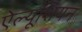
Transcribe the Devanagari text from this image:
ऐल्यूशियन